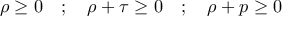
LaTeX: \rho \ge 0 \quad ; \quad \rho + \tau \ge 0 \quad ; \quad \rho + p \ge 0